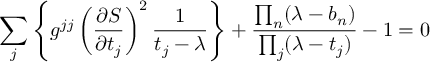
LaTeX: \sum _ { j } \left\{ g ^ { j j } \left( { \frac { \partial S } { \partial t _ { j } } } \right) ^ { 2 } { \frac { 1 } { t _ { j } - \lambda } } \right\} + { \frac { \prod _ { n } ( \lambda - b _ { n } ) } { \prod _ { j } ( \lambda - t _ { j } ) } } - 1 = 0